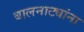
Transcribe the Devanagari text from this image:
बालनाट्यांना